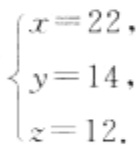
\[

\begin{cases}

x = 22, \\

y = 14, \\

z = 12.

\end{cases}

\]